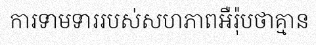
ការទាមទាររបស់សហភាពអឺរ៉ុបថាគ្មាន